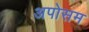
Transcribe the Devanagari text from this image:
अपोसम